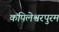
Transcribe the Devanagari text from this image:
कपिलेश्वरपुरम